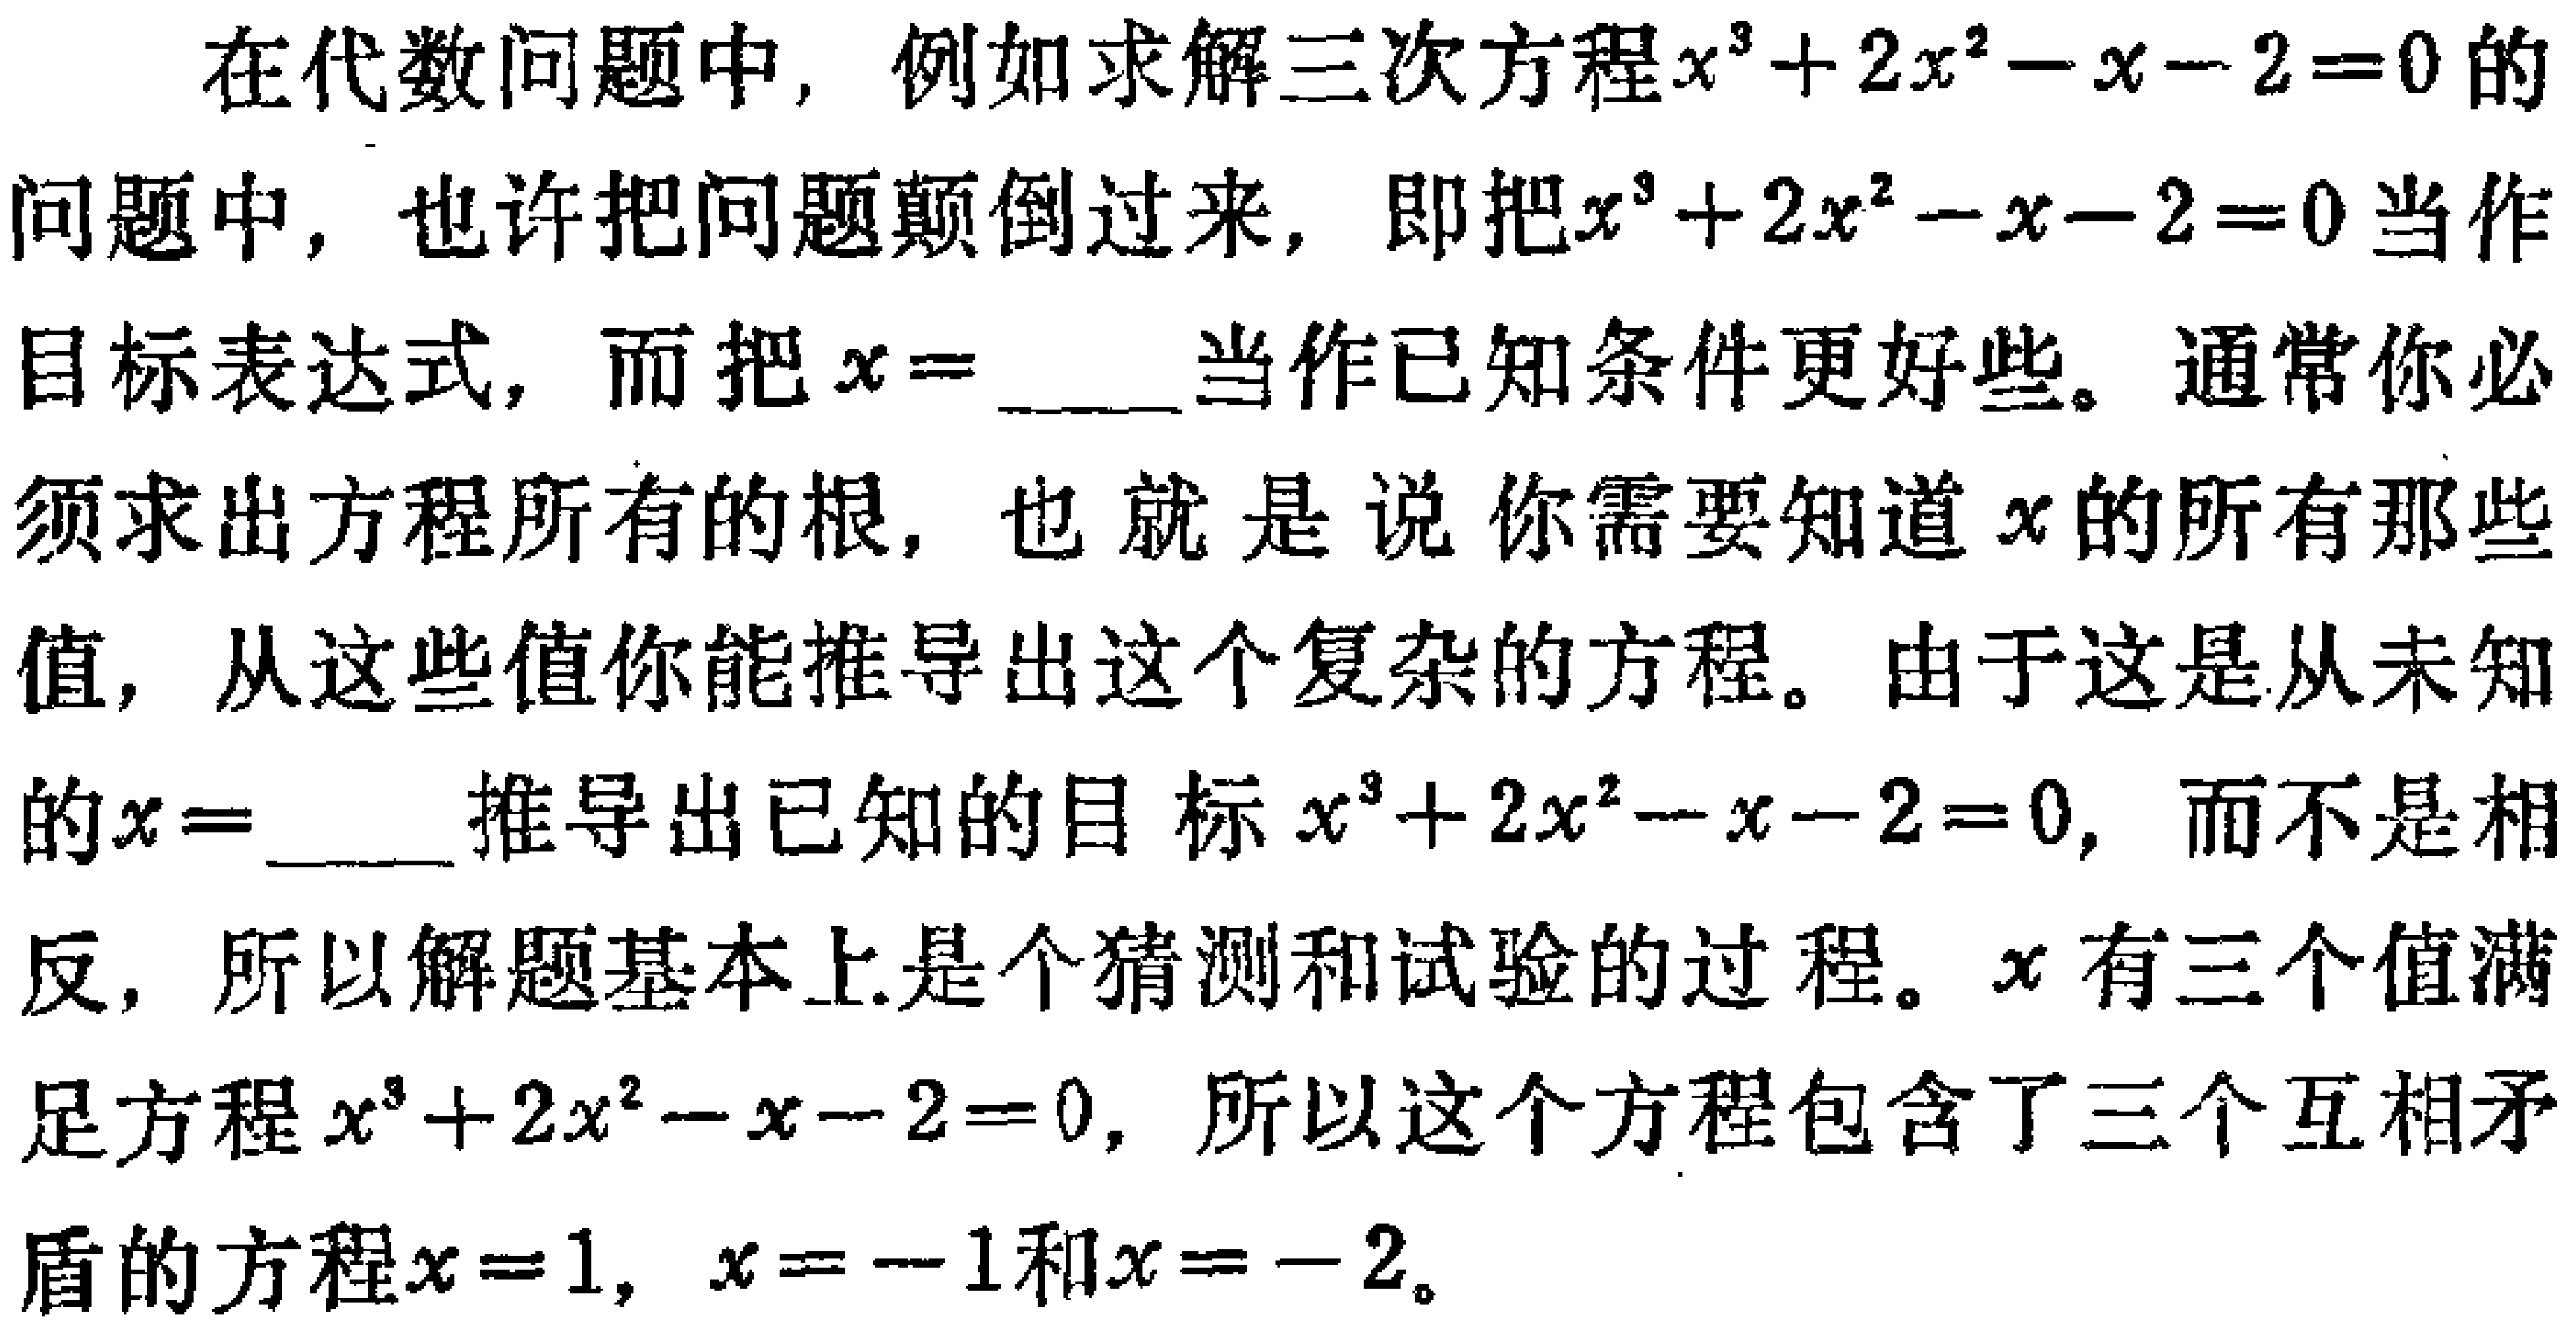
在代数问题中，例如求解三次方程\(x^{3}+2x^{2}-x - 2 = 0\)的问题中，也许把问题颠倒过来，即把\(x^{3}+2x^{2}-x - 2 = 0\)当作目标表达式，而把\(x = \_\_\_\)当作已知条件更好些。通常你必须求出方程所有的根，也就是说你需要知道\(x\)的所有那些值，从这些值你能推导出这个复杂的方程。由于这是从未知的\(x = \_\_\_\)推导出已知的目标\(x^{3}+2x^{2}-x - 2 = 0\)，而不是相反，所以解题基本上是个猜测和试验的过程。\(x\)有三个值满足方程\(x^{3}+2x^{2}-x - 2 = 0\)，所以这个方程包含了三个互相矛盾的方程\(x = 1\)，\(x = - 1\)和\(x = - 2\)。